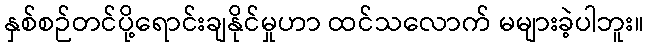
နှစ်စဉ်တင်ပို့ရောင်းချနိုင်မှုဟာ ထင်သလောက် မများခဲ့ပါဘူး။